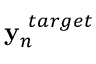
{ \bf y } _ { n } ^ { ~ t a r g e t }